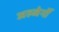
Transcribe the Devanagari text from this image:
अल्जेर्नों